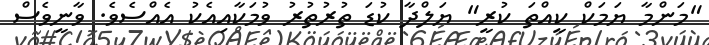
"މަންމާ ޔަމަކް ކީއްތަ ކުރީ" ޔަލްދާ ކުޑަ ތުރުތުރު ވުމަކާއިއެކު އެއްސެވެ. ވާނީވެސް